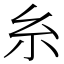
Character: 糸